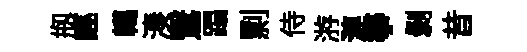
剏誣轕湊鷖蹋剽侍㳺漣筝剥昔